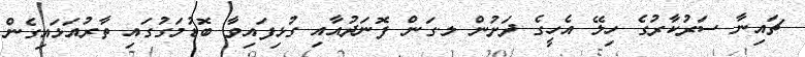
ޗައިނާ ސަރުކާރުގެ ހިލޭ އެހީގެ ދަށުން ލ.ގަން ފޮނަދުއާއި ގުޅިފައިވާ ބޮޑުމަގުގައި ތާރުއަޅައިގެން